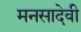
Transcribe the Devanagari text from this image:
मनसादेवी